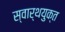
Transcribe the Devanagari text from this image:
स्वार्थयुक्त